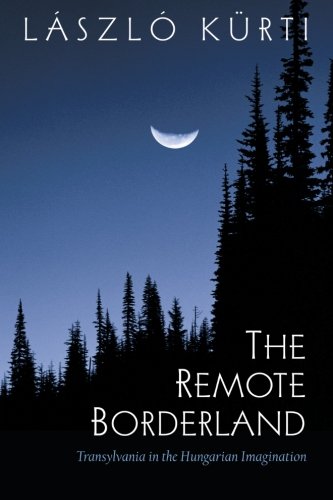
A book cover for The Remote Borderland: Transylvania in the Hungarian Imagination (SUNY series in National Identities); Laszlo Kurti; History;